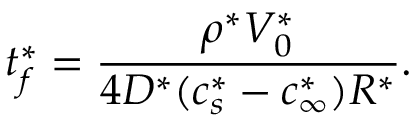
t _ { f } ^ { * } = \frac { \rho ^ { * } V _ { 0 } ^ { * } } { 4 D ^ { * } ( c _ { s } ^ { * } - c _ { \infty } ^ { * } ) R ^ { * } } .